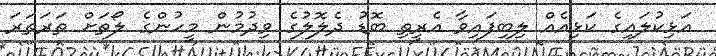
އަޅިކުލައިގެ ކަޅިއެއް ލިބިފައިވާ އެރީތި ބޮޑު ދެލޮލުގެ ވިދުމުން މީހުންގެ ލޯތަށް ތަރަތަރަ